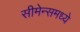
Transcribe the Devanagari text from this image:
सीमेन्समध्ये